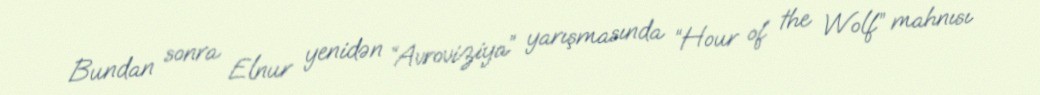
Bundan sonra Elnur yenidən “Avroviziya” yarışmasında “Hour of the Wolf” mahnısı